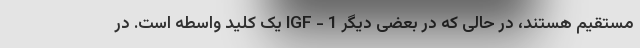
مستقیم هستند، در حالی که در بعضی دیگر IGF - 1 یک کلید واسطه است. در